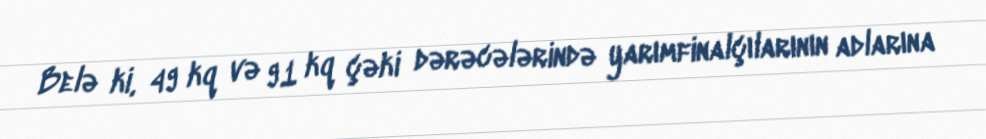
Belə ki, 49 kq və 91 kq çəki dərəcələrində yarımfinalçılarının adlarına